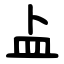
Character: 盀